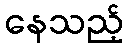
နေသည့်